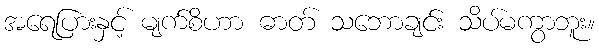
အရေပြားနှင့် မျက်စိဟာ ဓာတ် သဘောချင်း သိပ်မကွာဘူး။